Annual report of the Punjab Veterinary College and of the Civil Veterinary Department, Punjab - 1894-1908
Year: 1894
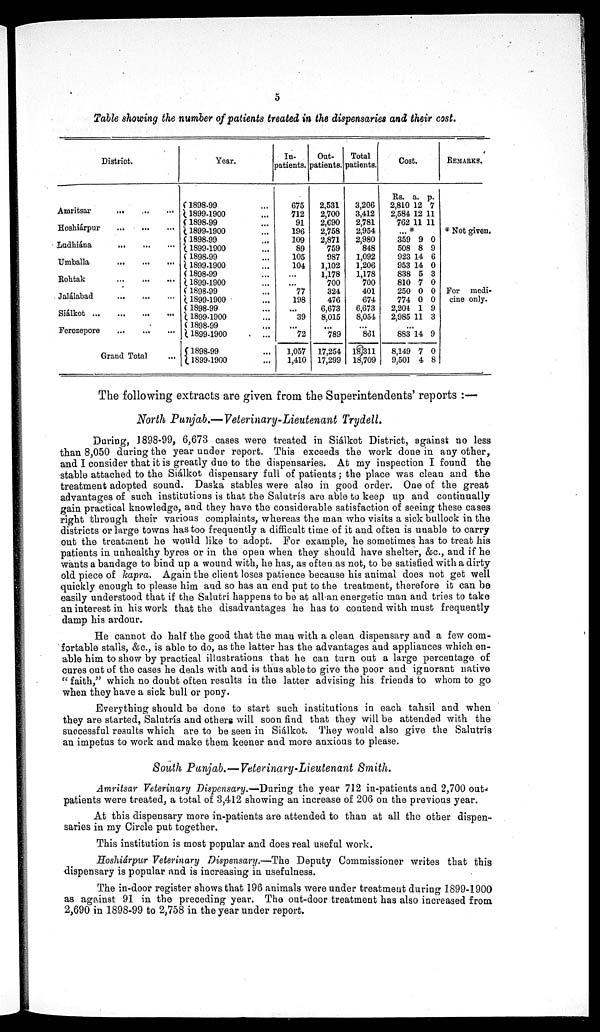
5
Table showing the number of patients treated in the dispensaries and their cost.
District.
Amritsar
...
...
...
Hoshiárpur ... ... ...
Ludhiána ... ... ...
Umballa
...
...
...
Rohtak
...
...
...
Jalálabad ... ... ...
Slálkot ... ... ... ...
Ferozepore
...
...
...
Grand Total ...
Year.
1898-99 ...
1899-1900 ...
1898-99 ...
1899-1900 ...
1898-99 ...
1899-1900 ...
1898-99 ...
1899-1900 ...
1898-99 ...
1899-1900 ...
1898-99 ...
1899-1900 ...
1898-99 ...
1899-1900 ...
1898-99 ...
1899-1900 ...
1898-99 ...
1899-1900 ...
In-
patients.
675
712
91
196
109
89
105
104
...
...
77
198
...
39
...
72
1,057
1,410
Out¬
patients.
2.531
2,700
2,690
2,758
2,871
759
987
1,102
1,178
700
324
476
6,673
8,015
...
789
17,254
17,299
Total
patients.
3,206
3,412
2,781
2,954
2,980
848
1,092
1,206
1,178
700
401
674
6,673
8,054
...
861
l8,311
18,709
Cost.
Rs.
2,810
2,584
762
a.
12
12
11
p.
7
11
11
...*
359
508
923
953
838
810
250
774
2,204
2,985
9
8
14
14
5
7
0
0
1
11
0
9
6
0
3
0
0
0
9
3
...
883
8,149
9,501
14
7
4
9
0
8
REMARKS.
* Not given.
For medi-
cine only.
The following extracts are given from the Superintendents' reports :—
North Punjab.—Veterinary-Lieutenant
Trydell.
During, 1898-99, 6,673 cases were treated in Siálkot District, againss no less
than 8,050 during the year under report. This exceeds the work done in any other,
and I consider that it is greatly due to the dispensaries. At my inspection I found the
stable attached to the Siálkot dispensary full of patients; the place was clean and the
treatment adopted sound. Daska stables were also in good order. One of the great
advantages of such institutions is that the Salutris are able to keep up and continually
gain practical knowledge, and they have the considerable satisfaction of seeing these cases
right through their various complaints, whereas the man who visits a sick bullock in the
districts or large towns has too frequently a difficult time of it and often is unable to carry
out the treatment he would like to adopt. For example, he sometimes has to treat his
patients in unhealthy byres or in the open when they should have shelter, &c., and if he
wants a bandage to bind up a wound with, he has, as often as not, to be satisfied with a dirty
old piece of kapra. Again the client loses patience because his animal does not get well
quickly enough to please him and so has an end put to the treatment, therefore it can be
easily understood that if the Salutrí happens to be at all an energetic man and tries to take
an interest in his work that the disadvantages he has to contend with must frequently
damp his ardour.
He cannot do half the good that the man with a clean dispensary and a few com-
fortable stalls, &c., is able to do, as the latter has the advantages and appliances which en-
able him to show by practical illustrations that he can turn out a large percentage of
cures out of the cases he deals with and is thus able to give the poor and ignorant native
"faith," which no doubt often results in the latter advising his friends to whom to go
when they have a sick bull or pony.
Everything should be done to start such institutions in each tahsil and when
they are started, Salutrís and others will soon find that they will be attended with the
successful results which are to be seen in Siálkot. They would also give the Salutrís
an impetus to work and make them keener and more anxious to please.
South Punjab.—Veterinary-Lieutenant
Smith.
Amritsar Veterinary Dispensary.—During the year 712 in-patients and 2,700 out-
patients were treated, a total of 3,412 showing an increase of 206 on the previous year.
At this dispensary more in-patients are attended to than at all the other dispen-
saries in my Circle put together.
This institution is most popular and does real useful work.
Hoshiárpur Veterinary Dispensary.—The Deputy Commissioner writes that this
dispensary is popular and is increasing in usefulness.
The in-door register shows that 196 animals were under treatment during 1899-1900
as against 91 in the preceding year. The out-door treatment has also increased from
2,690 in 1898-99 to 2,758 in the year under report.